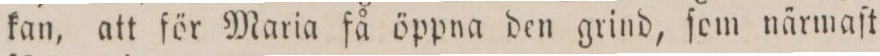
kan, att för Maria få öppna den grind, ſom närmaſt